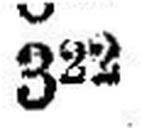
322